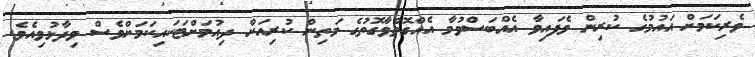
ވެރިކަމަށް އައުމުގެ ކުރިން ވެފައިވާ އެއްބަސްވުމާ އެއްގޮތްވާގޮތުގެ މަތިން ކުރިއަށް ދިއުމަށްޓަކައިކަމަށްވެސް ވިދާޅުވިއެވެ.